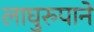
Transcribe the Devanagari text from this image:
लाघुरुपाने